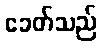
ခေတ်သည်